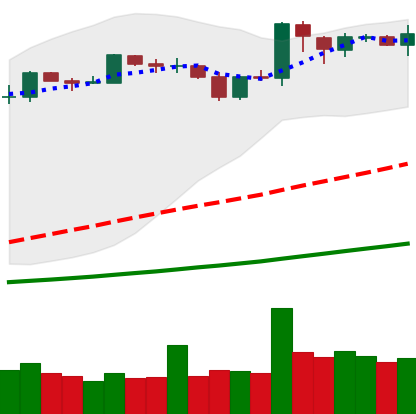
Ticker: BNB-USD
Chart end date: 2019-03-30
Forward return: 13.055%
Label: up_7plus